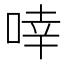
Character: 啈